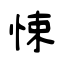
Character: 悚